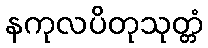
နကုလပိတုသုတ္တံ